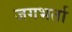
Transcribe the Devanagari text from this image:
जगभर्ता